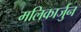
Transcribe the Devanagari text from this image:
मलिकार्जुन